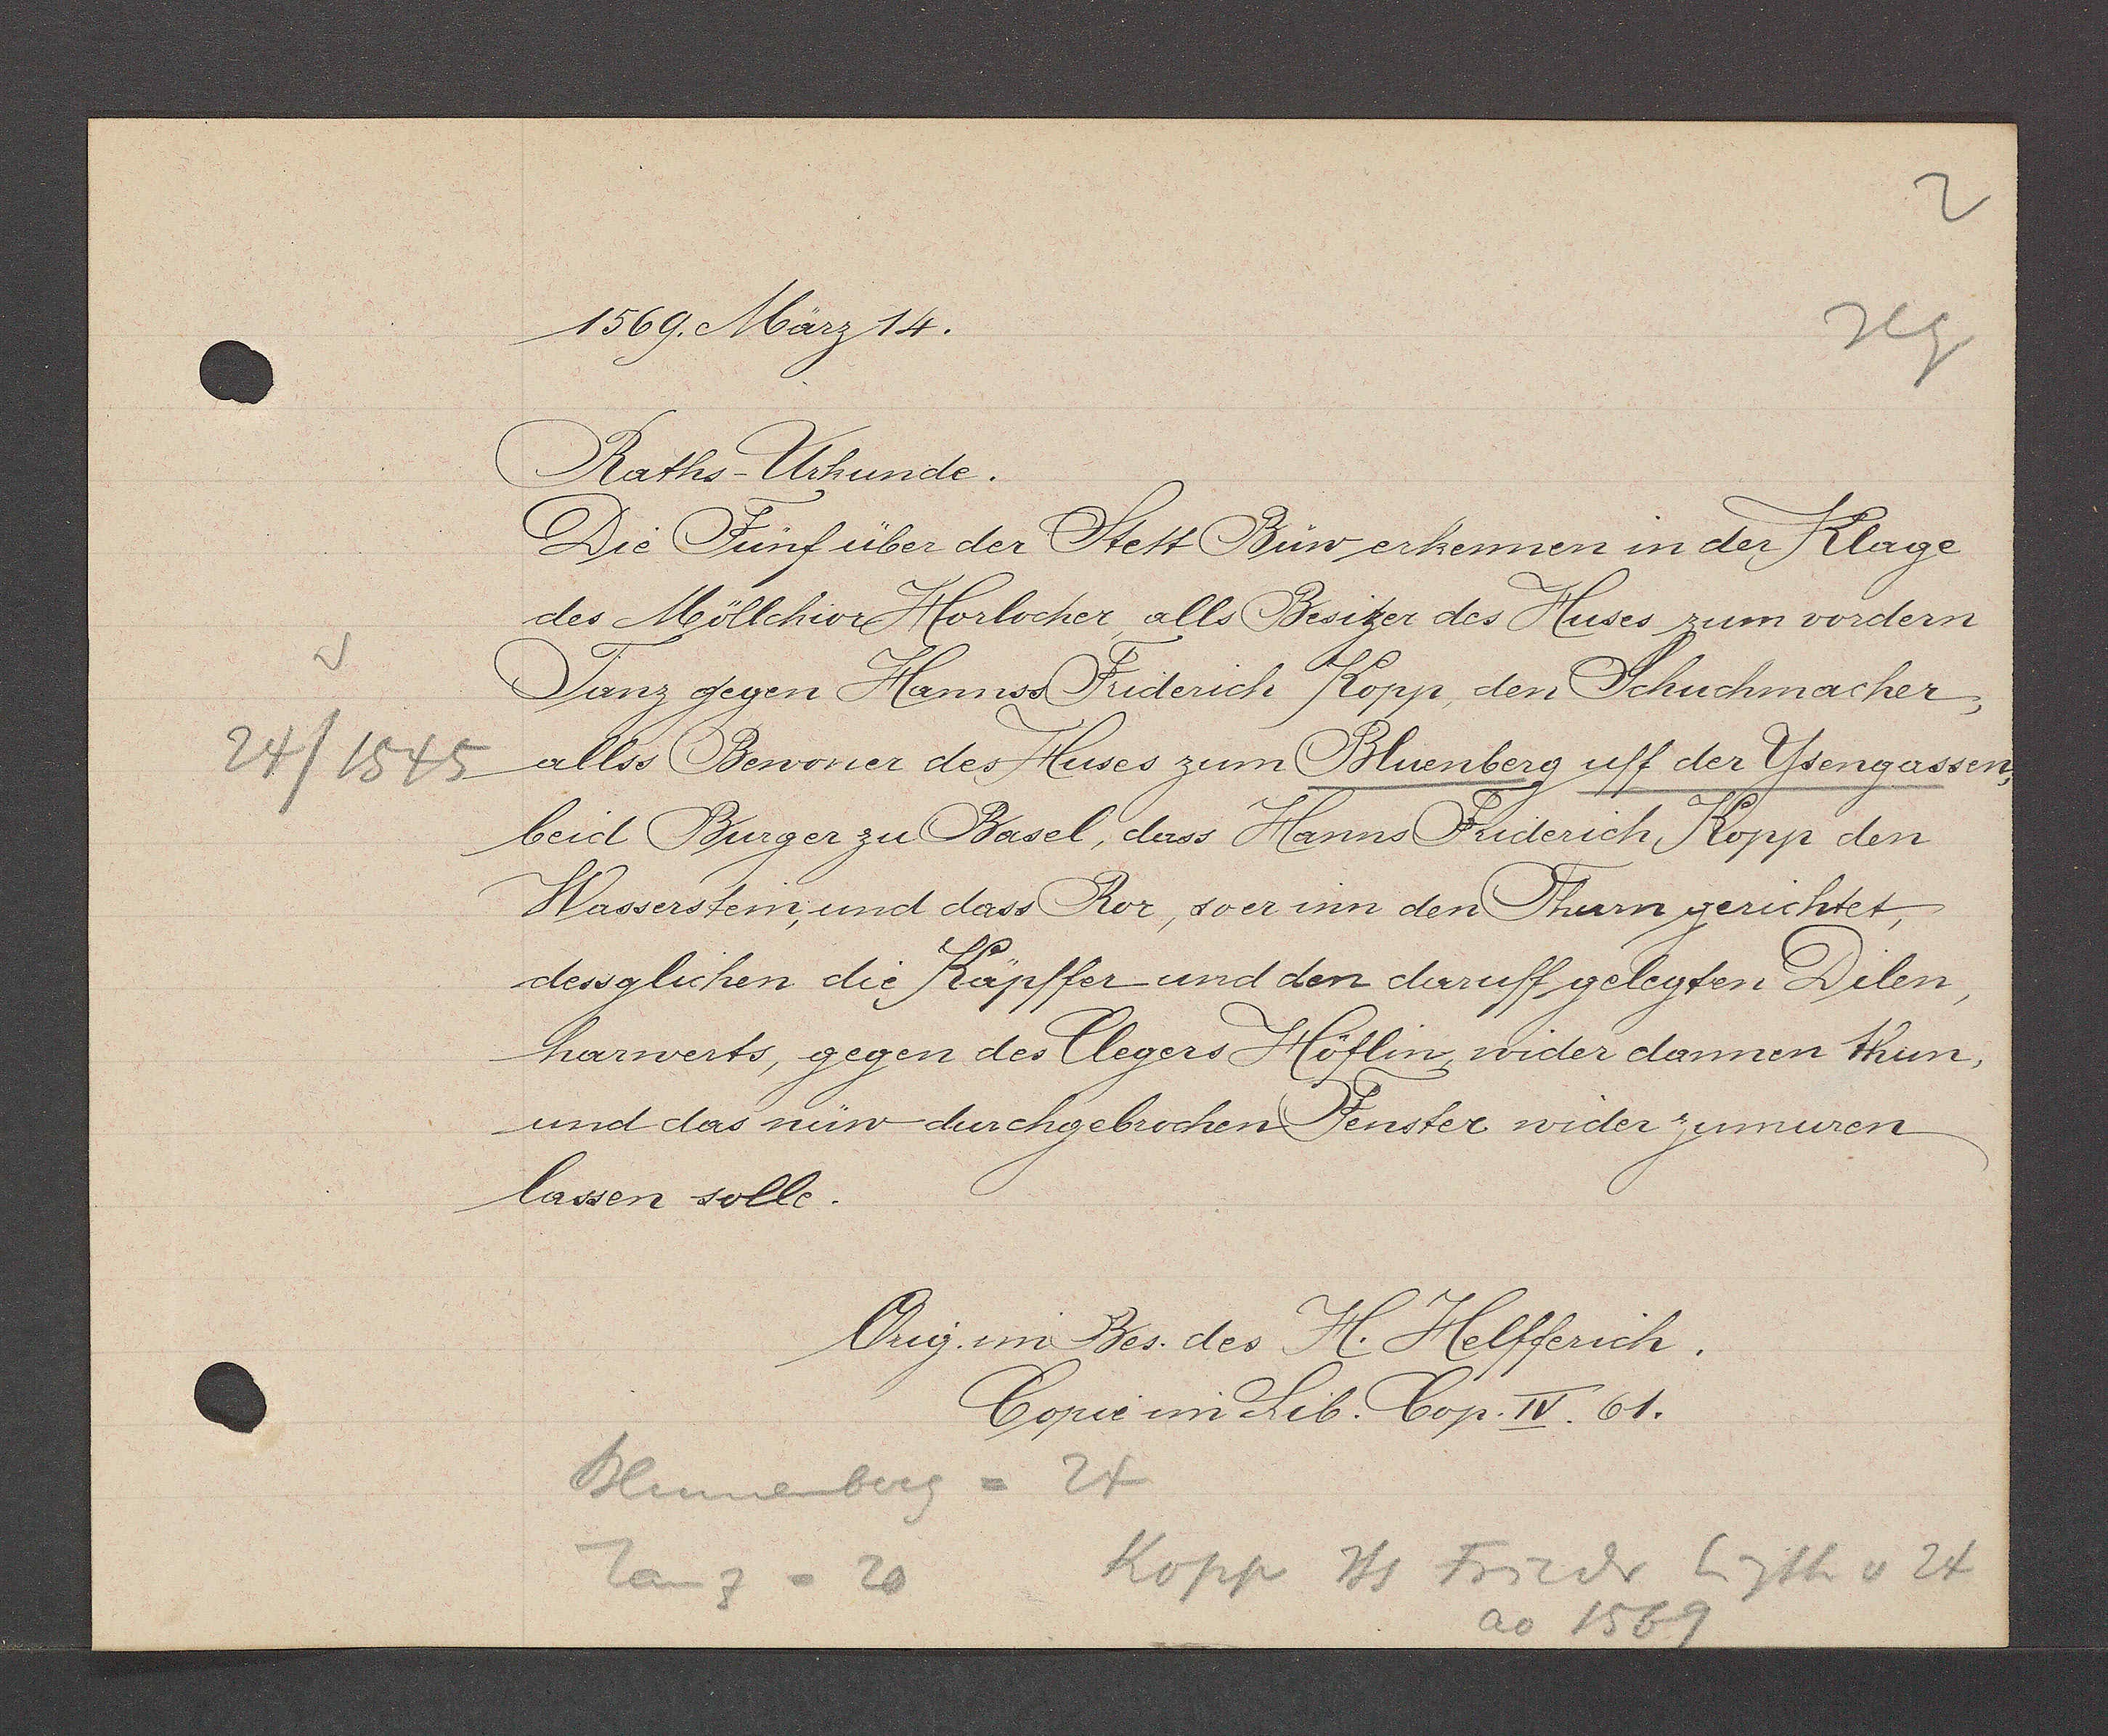
Transcript:
24/1545

1569. März 14.
Raths. Urkunde.
Die Fünf über der Stett Büw erkennen in der Klage
des Möllchior Horlocher alls Besitzer des Huses zum vordern
Tanz gegen Hannss Friderich Kopp, den Schuchmacher,
allss Bewoner des Huses zum Bluenberg uff der Ysengassen,
beid Burger zu Basel, dass Hanns Friderich Kopp den
Wasserstein, und dass Ror, soer inn den Thurn gerichtet,
dessglichen die Käpffer und den daruff gelegten Dilen,
harwerts, gegen des Clegers Höflin, wider dannen thun,
und das nüw durchgebrochen Fenster wider zumuren
lassen solle.
Orig. im Bes des H. Helfferich.
Copie im Lib. Cop. IV.61.
Blumenberg= 24
Kopp Hs Friedr Eigth v 24
Tan z= 20
ao 1569